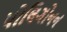
પોલિગોનન